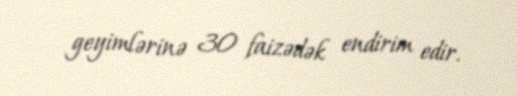
geyimlərinə 30 faizədək endirim edir.